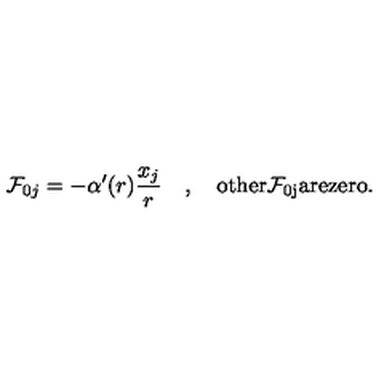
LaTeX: { \cal F } _ { 0 j } = - \alpha ^ { \prime } ( r ) \frac { x _ { j } } r \quad , \quad \mathrm { o t h e r { \cal F } _ { 0 j } a r e z e r o } .